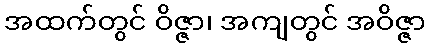
အထက်တွင် ဝိဇ္ဇာ၊ အကျတွင် အဝိဇ္ဇာ